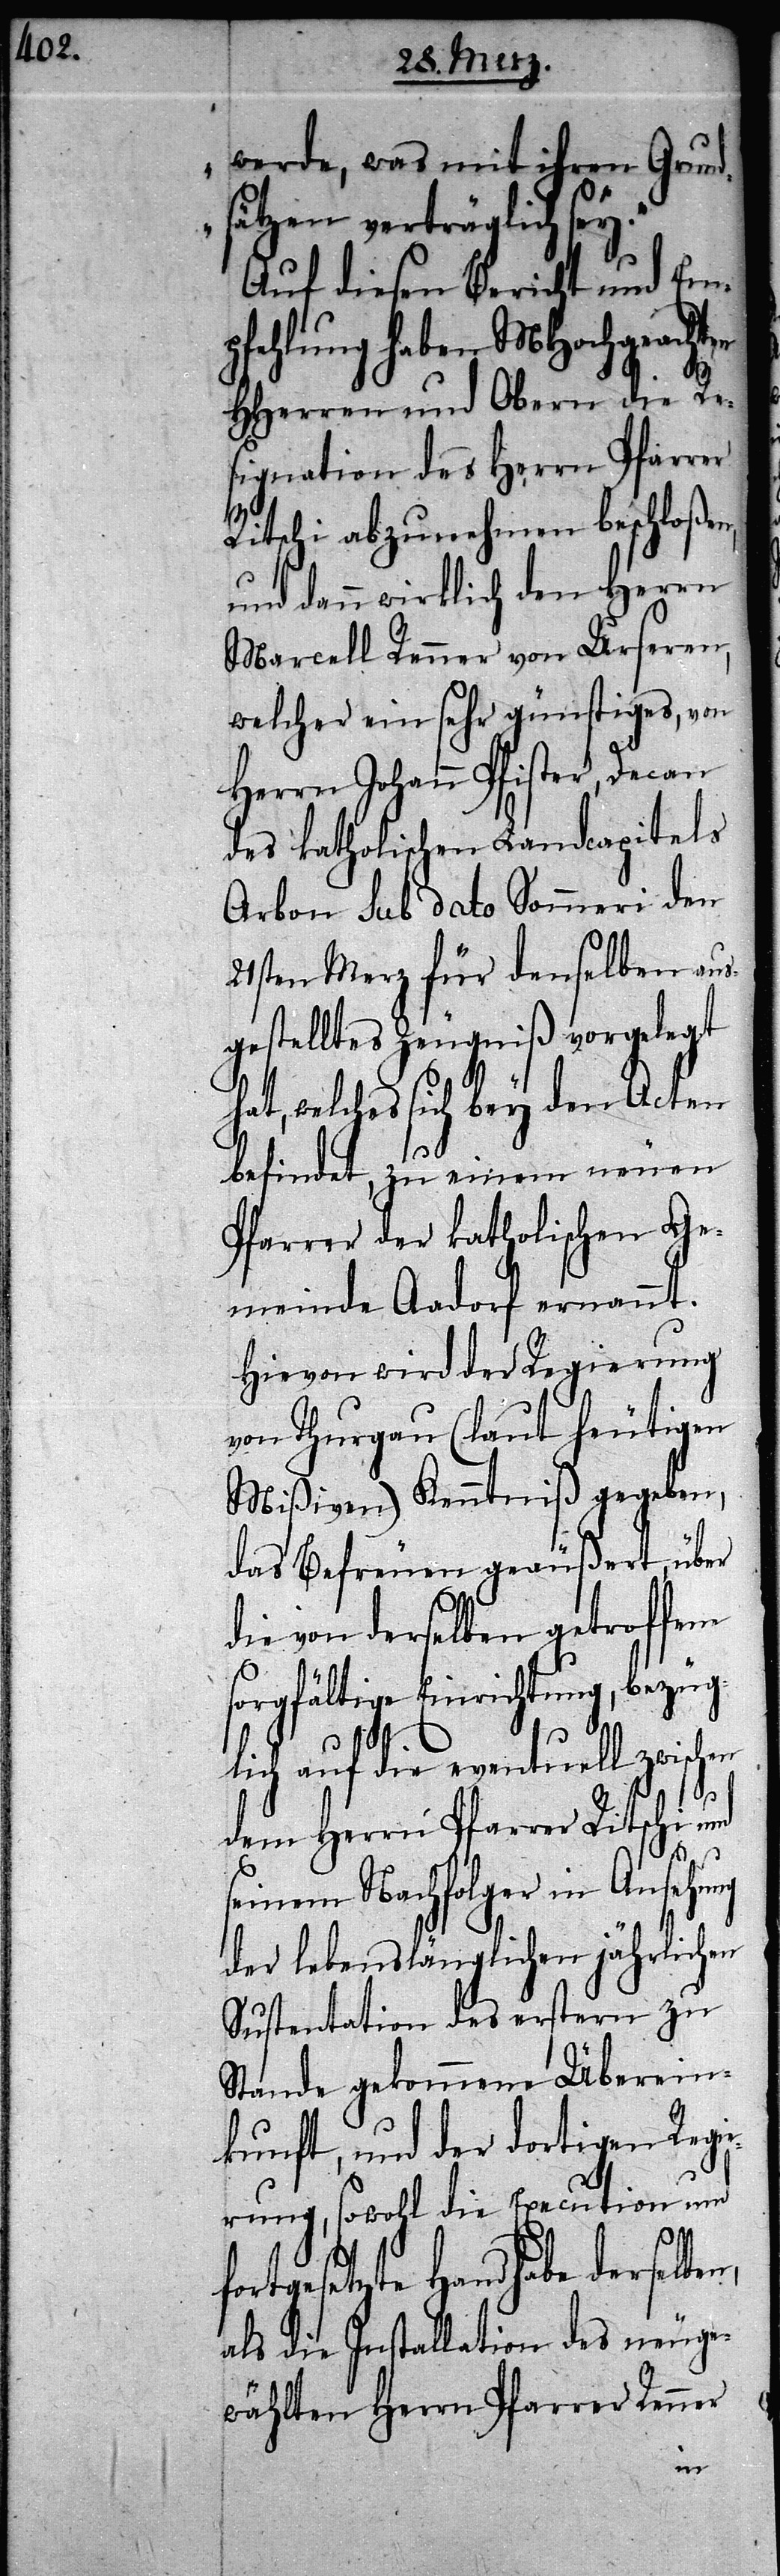
werde, was mit ihren Grund¬
sätzen verträglich sey.“
Auf diesen Bericht und Emp¬
fehlung haben MHochgeacht¬
HHerren und Obern die Re¬
signation des Herrn Pfarrer
Ritschi abzunehmen beschloßen,
und dann wirklich den Herrn
Marcell Renner von Urseren,
welcher ein sehr günstiges, von
Herrn Johann Pfister, Decan
des katholischen Landcapitels
Arbon sub dato Sommeri den
21sten Merz für denselben aus¬
gestelltes Zeugniß vorgelegt
hat, welches sich bey den Acten
befindet, zu einem neuen
Pfarrer der katholischen Ge¬
meinde Aadorf ernannt.
Hievon wird der Regierung
von Thurgau (laut heutigen
Mißiven) Kenntniß gegeben,
das Befreuen geäußert, über
die von derselben getroffene
sorgfältige Einrichtung, bezüg¬
lich auf die eventuell zwischen
dem Herrn Pfarrer Ritschi und
seinem Nachfolger in Ansehung
der lebenslänglichen jährlichen
Sustentation des erstern zu
Stande gekommene Überein¬
kunft, und der dortigen Regie¬
rung, sowohl die Execution und
fortgesetzte Handhabe derselbe¬
als die Installation des neuge¬
wählten Herrn Pfarrer Renner
n,